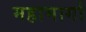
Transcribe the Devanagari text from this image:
महामार्गा